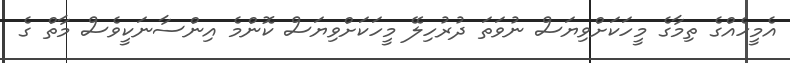
އެމީހެއްގެ ތިމާގެ މީހަކަށްވިޔަސް ނުވަތަ ދުރުހިލޭ މީހަކަށްވިޔަސް ކޮންމެ އިންސާނަކީވެސް މާތް ގެ